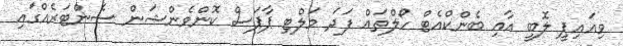
ވިއައިޕީ ލޮބީ އާއި ބެންކްއެޓް ހޯލްތައް ފަދަ މަލްޓި ޕާޕަސް ކޮންވެންޝަން ސެންޓަރެއްގައި